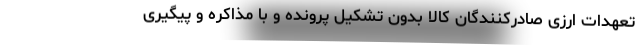
تعهدات ارزی صادرکنندگان کالا بدون تشکیل پرونده و با مذاکره و پیگیری